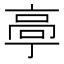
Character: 𱅴